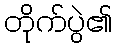
တိုက်ပွဲ၏